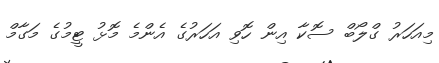
މިއަހަރު ގްލޯބް ސޮކާ އިން ހޮވި އަހަރުގެ އެންމެ މޮޅު ޓީމުގެ މަގާމް